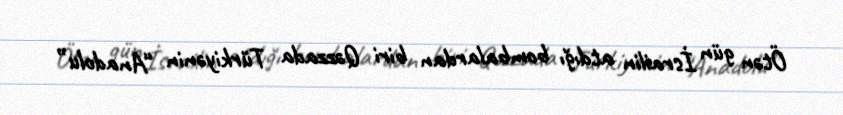
Ötən gün İsrailin atdığı bombalardan biri Qəzzada Türkiyənin “Anadolu”